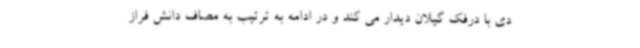
دی با درفک گیلان دیدار می کند و در ادامه به ترتیب به مصاف دانش فراز